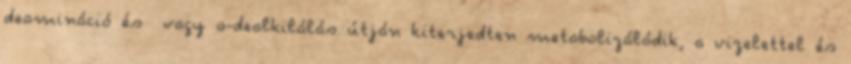
deamináció és vagy o-dealkilálás útján kiterjedten metabolizálódik, a vizelettel és